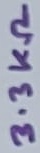
Text: 3.3KΩ